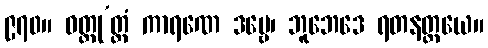
၉၇၀။ ဝတ္ထု’တ္တံ ကာရဏေ ဒဗ္ဗေ၊ ဘူဘေဒေ ရတနတ္တယေ။